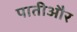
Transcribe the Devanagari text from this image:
पातीऔर